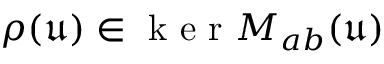
\rho ( \mathfrak { u } ) \in \mathrm { ~ k ~ e ~ r ~ } M _ { a b } ( \mathfrak { u } )